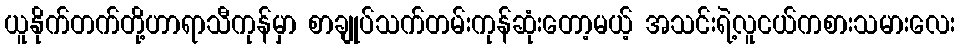
ယူနိုက်တက်တို့ဟာရာသီကုန်မှာ စာချုပ်သက်တမ်းကုန်ဆုံးတော့မယ့် အသင်းရဲ့လူငယ်ကစားသမားလေး